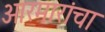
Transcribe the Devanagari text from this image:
आरमारांचा